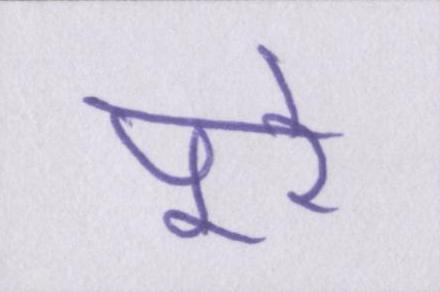
पूरे